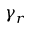
\gamma _ { r }